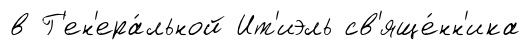
в Г'ен'ера́льной Ит'иэль св'яще́нн'ика